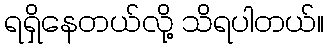
ရရှိနေတယ်လို့ သိရပါတယ်။